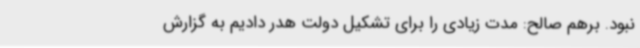
نبود. برهم صالح: مدت زیادی را برای تشکیل دولت هدر دادیم به گزارش